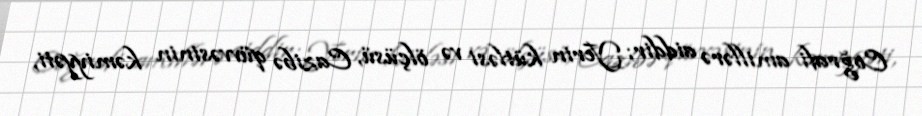
Coğrafi amillərə aiddir; Yerin kütləsi və ölçüsü, Cazibə qüvvəsinin kəmiyyəti,